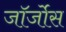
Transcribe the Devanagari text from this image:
जॉर्जोस